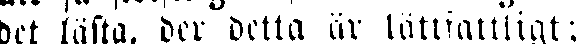
det lästa, der detta är lättfattligt;